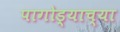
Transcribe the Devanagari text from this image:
पागोड्याच्या